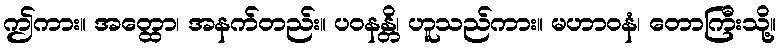
ဤကား။ အတ္ထော၊ အနက်တည်း။ ပဝနန္တိ၊ ဟူသည်ကား။ မဟာဝနံ၊ တောကြီးသို့။